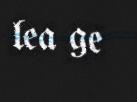
lea ge